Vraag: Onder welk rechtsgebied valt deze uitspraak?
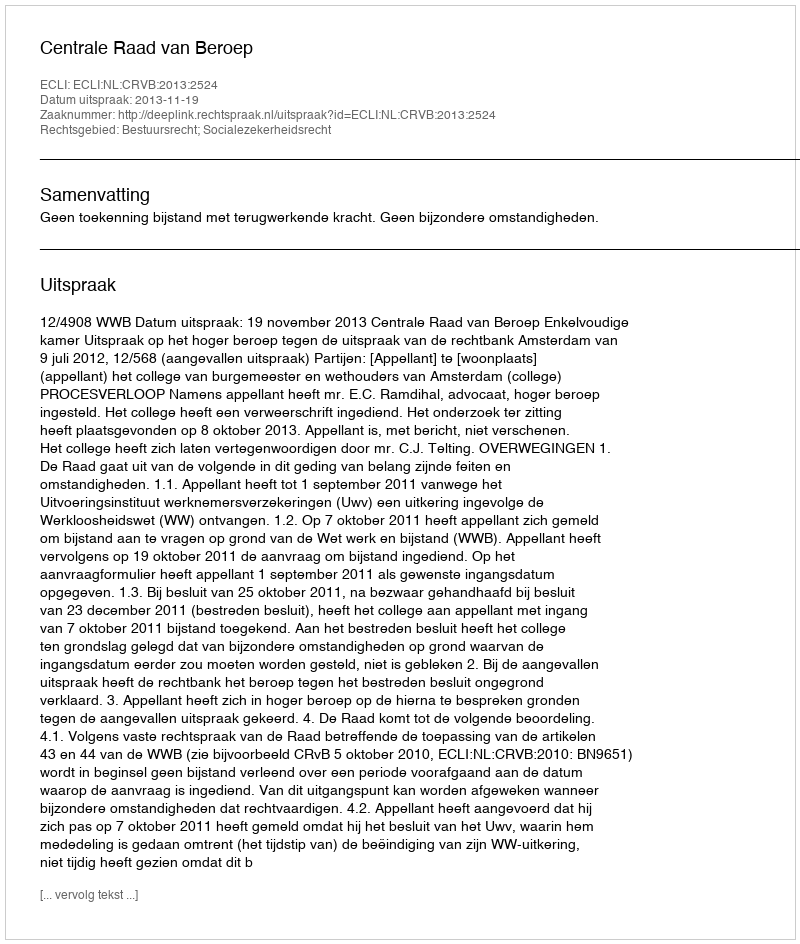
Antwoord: Bestuursrecht; Socialezekerheidsrecht